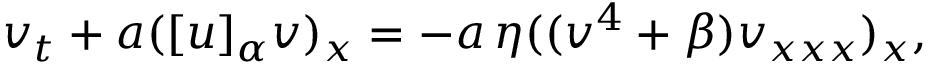
v _ { t } + a ( [ u ] _ { \alpha } v ) _ { x } = - a \, \eta ( ( v ^ { 4 } + \beta ) v _ { x x x } ) _ { x } ,